Indian journal of veterinary science and animal husbandry - Volume 13,
Year: 1943
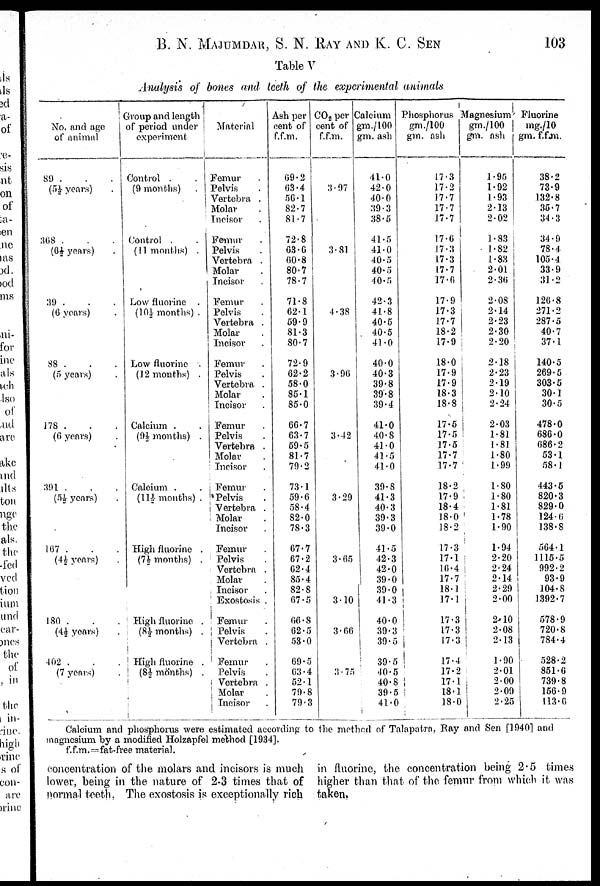
B. N. MAJUMDAR, S. N. RAY AND K. C.
SEN
103
Table V
Analysis of bones and teeth of the experimental animals
No. and age
of animal
89 . . .
(5½ years) .
368 . . .
(6½ years) .
39 . . .
(6 years) .
88 . . .
(5 years) .
178 . . .
(6 years) .
391 . . .
(5½ years) .
167 . . .
(4½ years) .
180 . . .
(4½ years) .
402 . . .
(7 years) .
Group and length
of period under
experiment
Control
.
(9 months)
.
Control . .
(11 months)
.
Low fluorine .
(10½ months) .
Low fluorine .
(12 months) .
Calcium . .
(9½ months) .
Calcium . .
(11½ months) .
High fluorine .
(7½ months) .
High fluorine .
(8½ months) .
High fluorine .
(8½ months) .
Material
Femur .
Pelvis .
Vertebra .
Molar .
Incisor .
Femur .
Pelvis .
Vertebra .
Molar .
Incisor .
Femur .
Pelvis .
Vertebra .
Molar .
Incisor .
Femur .
Pelvis .
Vertebra .
Molar .
Incisor .
Femur .
Pelvis .
Vertebra .
Molar .
Incisor .
Femur .
Pelvis .
Vertebra .
Molar .
Incisor .
Femur .
Pelvis .
Vertebra .
Molar .
Incisor .
Exostosis .
Femur .
Pelvis .
Vertebra .
Femur .
Pelvis .
Vertebra .
Molar .
Incisor .
Ash per
cent of
f.f.m.
69.2
63.4
56.1
82.7
81.7
72.8
63.6
60.8
80.7
78.7
71.8
62.1
59.9
81.3
80.7
72.9
62.2
58.0
85.1
85.0
66.7
63.7
59.5
81.7
79.2
73.1
59.6
58.4
82.0
78.3
67.7
67.2
62.4
85.4
82.8
67.5
66.8
62.5
53.0
69.5
63.4
52.1
79.8
79.3
CO 2 per
cent of
f.f.m.
3.97
3.81
4.38
3.96
3.42
3.29
3.65
3.10
3.66
3.75
Calcium
gm./100
gm. ash
41.0
42.0
40.0
39.3
38.5
41.5
41.0
40.5
40.5
40.5
42.3
41.8
40.5
40.5
41.0
40.0
40.3
39.8
39.8
39.4
41.0
40.8
41.0
41.5
41.0
39.8
41.3
40.3
39.3
39.0
41.5
42.3
42.0
39.0
39.0
41.3
40.0
39.3
39.5
39.5
40.5
40.8
39.5
41.0
Phosphorus
gm./100
gm. ash
17.3
17.2
17.7
17.7
17.7
17.6
17.3
17.3
17.7
17.6
17.9
17.3
17.7
18.2
17.9
18.0
17.9
17.9
18.3
18.8
17.5
17.5
17.5
17.7
17.7
18.2
17.9
18.4
18.0
18.2
17.3
17.1
16.4
17.7
18.1
17.1
17.3
17.3
17.3
17.4
17.2
17.1
18.1
18.0
Magnesium
gm./100
gm. ash
1.95
1.92
1.93
2.13
2.02
1.83
1.82
1.83
2.01
2.36
2.08
2.14
2.23
2.30
2.20
2.18
2.23
2.19
2.10
2.24
2.03
1.81
1.81
1.80
1.99
1.80
1.80
1.81
1.78
1.90
1.94
2.20
2.24
2.14
2.29
2.00
2.10
2.08
2.13
1.90
2.01
2.00
2.09
2.25
Fluorine
mg./10
gm. f.f.m.
38.2
73.9
132.8
35.7
34.3
34.9
78.4
105.4
33.9
31.2
126.8
271.2
287.5
40.7
37.1
140.5
269.5
303.5
30.1
30.5
478.0
686.0
686.2
53.1
58.1
443.5
820.3
829.0
124.6
138.8
564.1
1115.5
992.2
93.9
104.8
1392.7
578.9
720.8
784.4
528.2
851.6
739.8
156.9
113.0
Calcium and phosphorus were estimated according to the method of Talapatra, Ray and Sen [1940] and
magnesium by a modified Holzapfel method [1934].
f.f.m. = fat-free material.
concentration of the molars and incisors is much in fluorine, the concentration being 2.5 times
lower, being in the nature of 2-3 times that of higher than that of the femur from which it was
normal teeth. The exostosis is exceptionally rich taken.